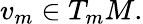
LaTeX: v_{m}\in T_{m}M.